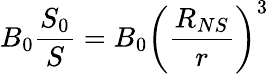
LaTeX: B_{0}\frac{S_{0}}{S}=B_{0}\left(\frac{R_{NS}}{r}\right)^{3}